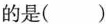
的是( )